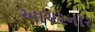
આચરનાર